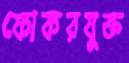
ফোকরযুক্ত